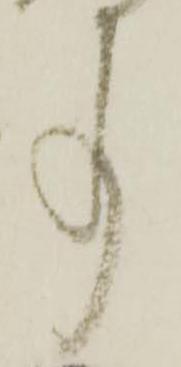
事